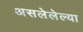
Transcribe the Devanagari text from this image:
असलेलेल्या